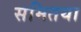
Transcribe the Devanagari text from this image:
समितया